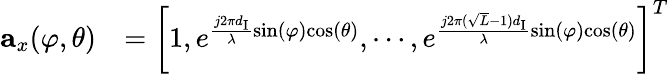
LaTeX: \begin{array}{rl}{\textbf{a}_{x}(\varphi,\theta)}&{=\left[1,e^{\frac{j2\pi d_{\mathrm{I}}}{\lambda}\mathrm{sin}(\varphi)\mathrm{cos}(\theta)},\cdots,e^{\frac{j2\pi(\sqrt{L}-1)d_{\mathrm{I}}}{{\lambda}}\mathrm{sin}(\varphi)\mathrm{cos}(\theta)}\right]^{T}}\end{array}